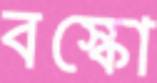
বস্কো